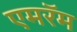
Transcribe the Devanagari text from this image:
एमरॅम